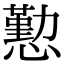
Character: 懃